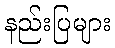
နည်းပြများ